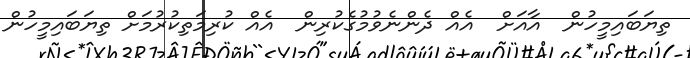
ތިޔަބައިމީހުން  އާއަށް  އެއް ދެންނެވުމުގެކުރިން  އެއް ކުރިމަތިކުރުމަށް ތިޔަބައިމީހުން